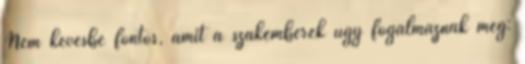
Nem kevésbé fontos, amit a szakemberek úgy fogalmaznak meg: